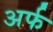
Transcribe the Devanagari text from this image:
अर्फ